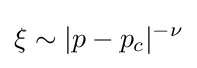
\xi \sim |p-p_{c}|^{-\nu }\,\!